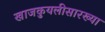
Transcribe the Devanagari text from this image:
खाजकुयलीसारख्या